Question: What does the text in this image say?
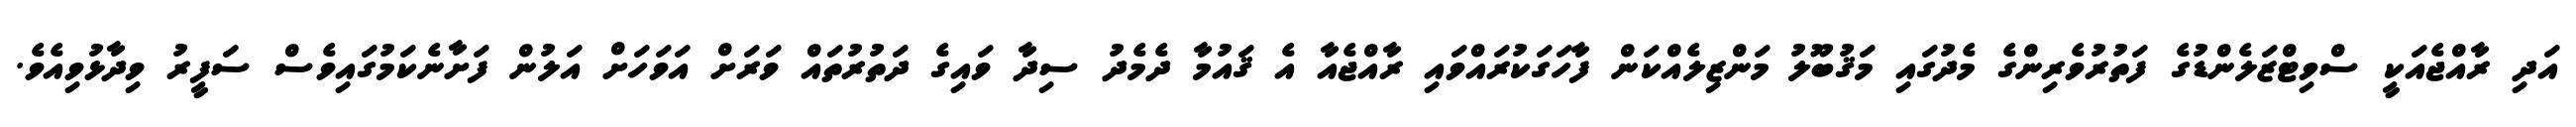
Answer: އަދި ރާއްޖެއަކީ ސްވިޓްޒަލެންޑުގެ ފަތުރުވެރިންގެ މެދުގައި މަޤުބޫލު މަންޒިލެއްކަން ފާހަގަކުރައްވައި ރާއްޖެއާ އެ ޤައުމާ ދެމެދު ސިދާ ވައިގެ ދަތުރުތައް ވަރަށް އަވަހަށް އަލުން ފަށާނެކަމުގައިވެސް ސަފީރު ވިދާޅުވިއެވެ.